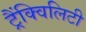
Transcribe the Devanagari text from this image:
ट्रैंक्विलिटी